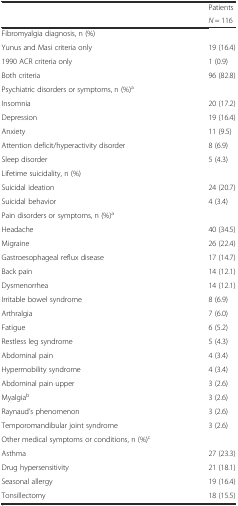
<table><thead><tr><td rowspan="2"></td><td><b>Patients</b></td></tr><tr><td><b><i>N</i> = 116</b></td></tr></thead><tbody><tr><td>Fibromyalgia diagnosis, n (%)</td><td></td></tr><tr><td>Yunus and Masi criteria only</td><td>19 (16.4)</td></tr><tr><td>1990 ACR criteria only</td><td>1 (0.9)</td></tr><tr><td>Both criteria</td><td>96 (82.8)</td></tr><tr><td>Psychiatric disorders or symptoms, n (%)<sup>a</sup></td><td></td></tr><tr><td>Insomnia</td><td>20 (17.2)</td></tr><tr><td>Depression</td><td>19 (16.4)</td></tr><tr><td>Anxiety</td><td>11 (9.5)</td></tr><tr><td>Attention deficit/hyperactivity disorder</td><td>8 (6.9)</td></tr><tr><td>Sleep disorder</td><td>5 (4.3)</td></tr><tr><td>Lifetime suicidality, n (%)</td><td></td></tr><tr><td>Suicidal ideation</td><td>24 (20.7)</td></tr><tr><td>Suicidal behavior</td><td>4 (3.4)</td></tr><tr><td>Pain disorders or symptoms, n (%)<sup>a</sup></td><td></td></tr><tr><td>Headache</td><td>40 (34.5)</td></tr><tr><td>Migraine</td><td>26 (22.4)</td></tr><tr><td>Gastroesophageal reflux disease</td><td>17 (14.7)</td></tr><tr><td>Back pain</td><td>14 (12.1)</td></tr><tr><td>Dysmenorrhea</td><td>14 (12.1)</td></tr><tr><td>Irritable bowel syndrome</td><td>8 (6.9)</td></tr><tr><td>Arthralgia</td><td>7 (6.0)</td></tr><tr><td>Fatigue</td><td>6 (5.2)</td></tr><tr><td>Restless leg syndrome</td><td>5 (4.3)</td></tr><tr><td>Abdominal pain</td><td>4 (3.4)</td></tr><tr><td>Hypermobility syndrome</td><td>4 (3.4)</td></tr><tr><td>Abdominal pain upper</td><td>3 (2.6)</td></tr><tr><td>Myalgia<sup>b</sup></td><td>3 (2.6)</td></tr><tr><td>Raynaud’s phenomenon</td><td>3 (2.6)</td></tr><tr><td>Temporomandibular joint syndrome</td><td>3 (2.6)</td></tr><tr><td>Other medical symptoms or conditions, n (%)<sup>c</sup></td><td></td></tr><tr><td>Asthma</td><td>27 (23.3)</td></tr><tr><td>Drug hypersensitivity</td><td>21 (18.1)</td></tr><tr><td>Seasonal allergy</td><td>19 (16.4)</td></tr><tr><td>Tonsillectomy</td><td>18 (15.5)</td></tr></tbody></table>